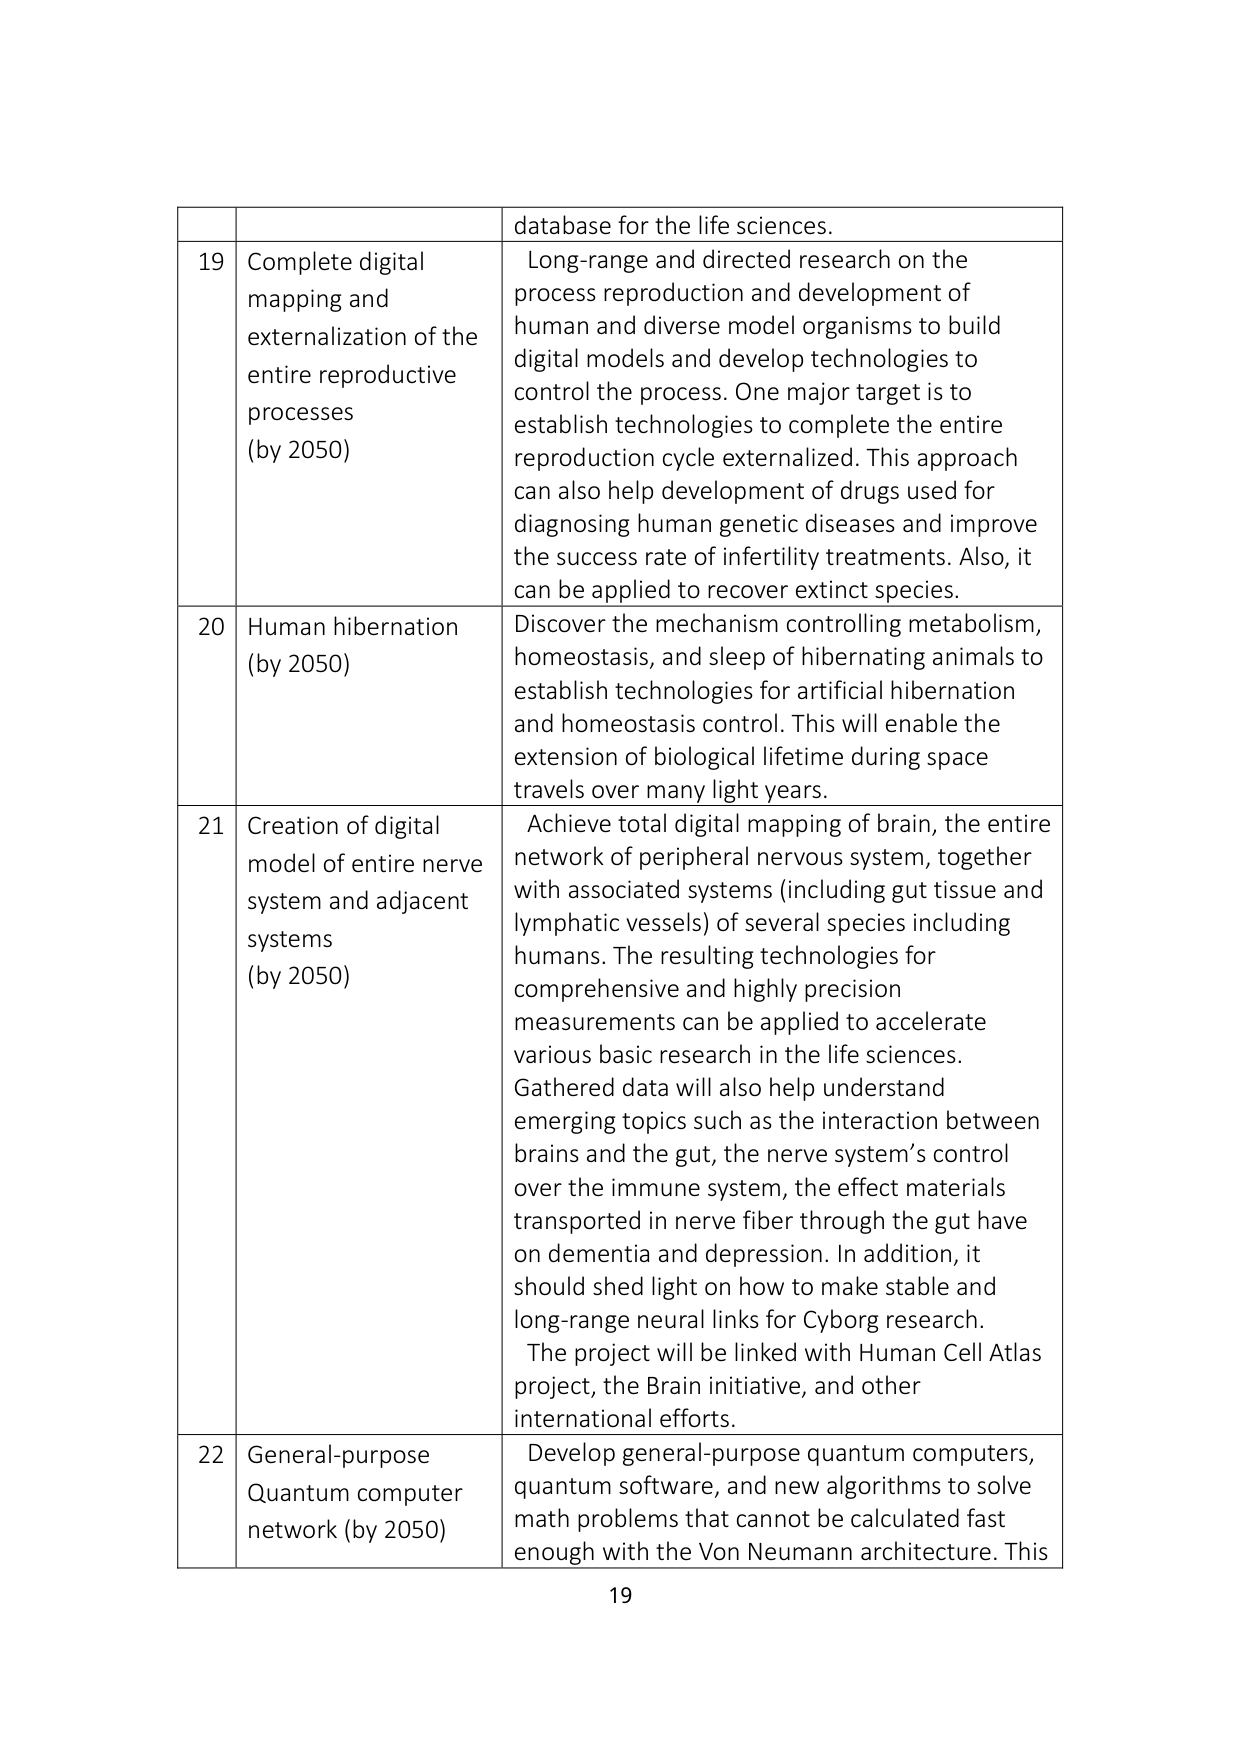
database for the life sciences.

19 Complete digital mapping and externalization of the entire reproductive processes (by 2050) Long-range and directed research on the process reproduction and development of human and diverse model organisms to build digital models and develop technologies to control the process. One major target is to establish technologies to complete the entire reproduction cycle externalized. This approach can also help development of drugs used for diagnosing human genetic diseases and improve the success rate of infertility treatments. Also, it can be applied to recover extinct species.

20 Human hibernation (by 2050) Discover the mechanism controlling metabolism, homeostasis, and sleep of hibernating animals to establish technologies for artificial hibernation and homeostasis control. This will enable the extension of biological lifetime during space travels over many light years.

21 Creation of digital model of entire nerve system and adjacent systems (by 2050) Achieve total digital mapping of brain, the entire network of peripheral nervous system, together with associated systems (including gut tissue and lymphatic vessels) of several species including humans. The resulting technologies for comprehensive and highly precision measurements can be applied to accelerate various basic research in the life sciences. Gathered data will also help understand emerging topics such as the interaction between brains and the gut, the nerve system’s control over the immune system, the effect materials transported in nerve fiber through the gut have on dementia and depression. In addition, it should shed light on how to make stable and long-range neural links for Cyborg research. The project will be linked with Human Cell Atlas project, the Brain initiative, and other international efforts.

22 General-purpose Quantum computer network (by 2050) Develop general-purpose quantum computers, quantum software, and new algorithms to solve math problems that cannot be calculated fast enough with the Von Neumann architecture. This

19